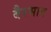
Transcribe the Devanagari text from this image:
बैरभाव